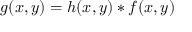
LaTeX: g ( x , y ) = h ( x , y ) * f ( x , y )